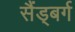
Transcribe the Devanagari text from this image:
सैंड्बर्ग